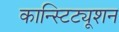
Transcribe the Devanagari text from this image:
कान्स्टिट्यूशन